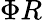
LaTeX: \Phi R